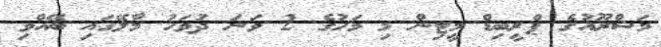
މަޝްރޫއުގެ ޕްރީބިޑް މީޓިން މި މަހުގެ 2 ވަނަ ދުވަހު މާލޭގައި ބޭއްވި